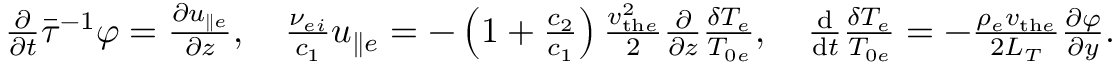
\begin{array} { r } { \frac { \partial } { \partial t } \bar { \tau } ^ { - 1 } \varphi = \frac { \partial u _ { \parallel e } } { \partial z } , \quad \frac { \nu _ { e i } } { c _ { 1 } } u _ { \parallel e } = - \left( 1 + \frac { c _ { 2 } } { c _ { 1 } } \right) \frac { v _ { \mathrm { t h } e } ^ { 2 } } { 2 } \frac { \partial } { \partial z } \frac { \delta T _ { e } } { T _ { 0 e } } , \quad \frac { \mathrm { d } } { \mathrm { d } t } \frac { \delta T _ { e } } { T _ { 0 e } } = - \frac { \rho _ { e } v _ { \mathrm { t h } e } } { 2 L _ { T } } \frac { \partial \varphi } { \partial y } . } \end{array}